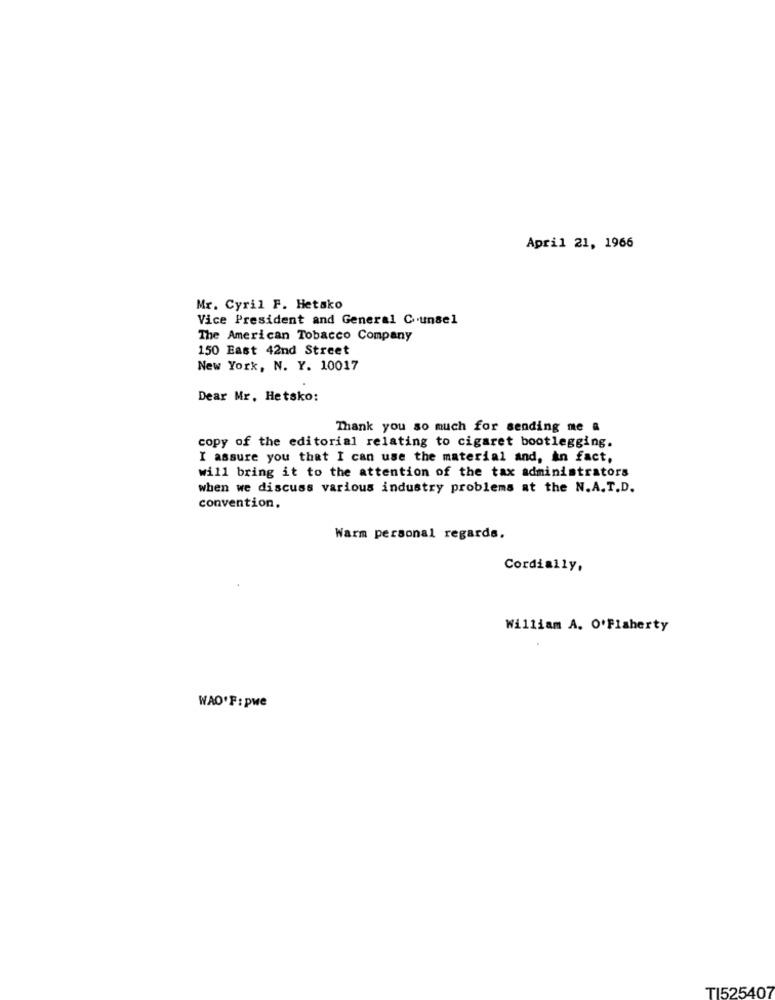
April 21, 1966
Mr. Cyril F. Hetako
Vice President and General Counsel
The American Tobacco Company
150 East 42nd Street
New York, N. Y. 10017
Dear Mr. Hetsko:
Thank you so much for sending me a
copy of the editorial relating to cigaret bootlegging.
I assure you that I can use the material and, in fact,
will bring it to the attention of the tax administrators
when we discuss various industry problems at the N.A.T.D.
convention.
Warm personal regards.
Cordially,
William A. O'Flaherty
WAO'F: pwe
TI525407